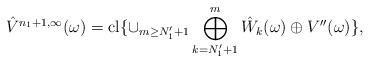
LaTeX: \begin{align*} \hat V^{n_1+1,\infty}(\omega)=\mathrm{cl}\{\cup_{m\geq N'_1+1}\bigoplus_{k=N'_1+1}^m\hat W_k(\omega)\oplus V''(\omega)\}, \end{align*}